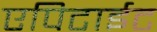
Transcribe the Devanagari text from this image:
एपिटाईट